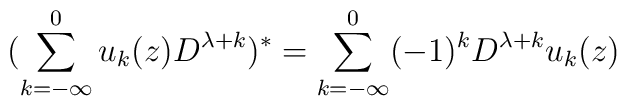
(\sum_{k=-\infty}^{0}u_k(z)D^{\lambda+k })^*=\sum_{k=-\infty}^{0}(-1)^kD^{\lambda+k} u_k(z)